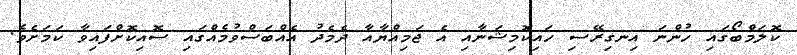
ކޮލަމްބޯގައި ހުންނަ އިނގިރޭސި ހައިކޮމިޝަނާއި އެ ޖަމިއްޔާއާ ދެމެދު އެއްބަސްވުމެއްގައި ސޮއިކޮށްފައިވާ ކަމަށެވެ.